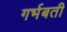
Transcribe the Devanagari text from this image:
गर्भबती